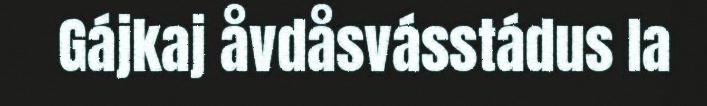
Gájkaj åvdåsvásstádus la